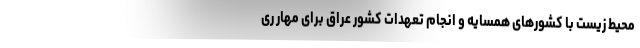
محیط زیست با کشورهای همسایه و انجام تعهدات کشور عراق برای مهار ری